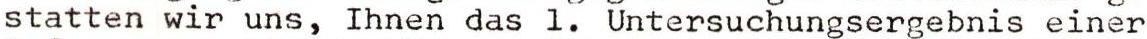
statten wir uns, Ihnen das l. Untersuchungsergebnis einer